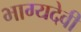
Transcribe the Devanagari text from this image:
भाग्यदेवी